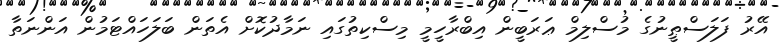
އޭރު ފަލަސްޠީނުގެ މުސްލިމް ޢަރަބީން އިބްރާހީމީ މިސްކިތުގައި ނަމާދުކޮށް އެތަން ބަލަހައްޓަމުން އަންނަތާ